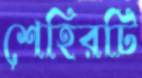
শেহিরটি